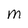
Character: M